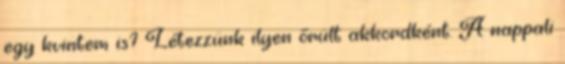
egy kvintem is? Létezzünk ilyen őrült akkordként. A nappali